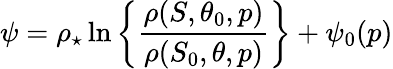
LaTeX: \psi=\rho_{\star}\ln{\left\{ \frac{\rho(S,\theta_{0},p)}{\rho(S_{0},\theta,p)}\right\} }+\psi_{0}(p)